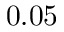
0 . 0 5